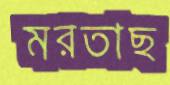
মরতাছ